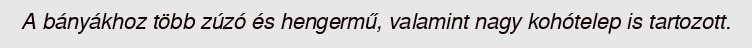
A bányákhoz több zúzó és hengermű, valamint nagy kohótelep is tartozott.